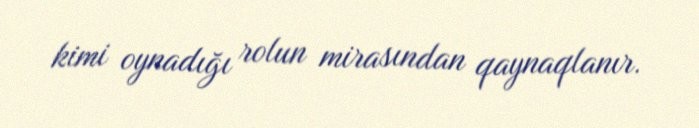
kimi oynadığı rolun mirasından qaynaqlanır.